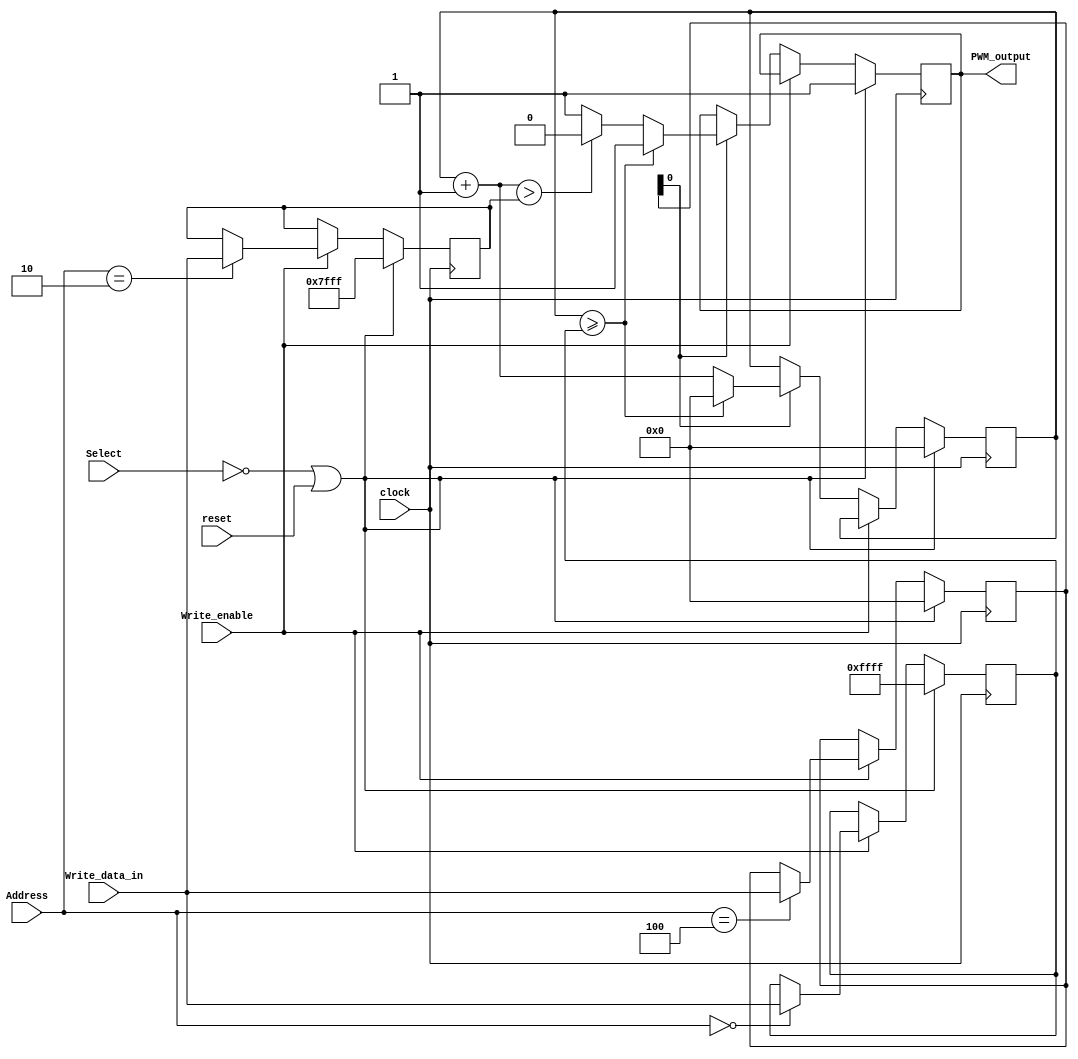
`timescale 1ns / 1ps
//////////////////////////////////////////////////////////////////////////////////


//counter in [0,threshold] 1
//counter in [threshold+1,maximum] 0
// 1
module PWM(
    clock,reset,
    Write_enable,Select,Address,Write_data_in,
    PWM_output);
    
    input clock;
    input reset;
    input Write_enable;                 //
    input Select;                       //PWM
    input[2:0]  Address;                //PWM30 or 32 or 34
    
    input[15:0] Write_data_in;          //PWM
    output  PWM_output;
    
    
    reg PWM_output;
    reg[15:0]   maximum;                //
    reg[15:0]   threshold;              //
    reg[15:0]   counter;                //
    reg[15:0]   flag;                   //
    
    
    always @(posedge clock)
    begin
        if (Select == 0 || reset == 1)
        begin
            maximum = 16'hFFFF;
            threshold = 16'h7FFF;
            counter = 16'h0000;
            flag = 16'h0000;
            PWM_output = 1'b1;
        end
        else if (Write_enable)
        begin
            case (Address)
                3'b000: maximum = Write_data_in;
                3'b010: threshold = Write_data_in;
                3'b100: flag = Write_data_in;
            endcase
        end
        else if (flag[0] == 1)          //
        begin
            if (counter >= maximum)
            begin
                counter = 16'h0000;
                PWM_output = 1'b1;
            end
            else
            begin
                counter = counter + 1'b1;
                if (counter > threshold)
                    PWM_output = 1'b0;
                else
                    PWM_output = 1'b1;
            end
        end
    end
endmodule